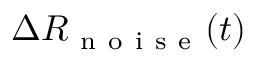
\Delta R _ { \mathrm { ~ n ~ o ~ i ~ s ~ e ~ } } ( t )